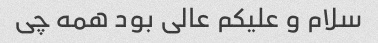
سلام و علیکم عالی بود همه چی